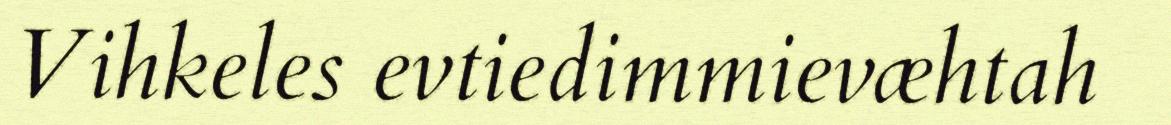
Vihkeles evtiedimmievæhtah